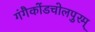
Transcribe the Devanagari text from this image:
गंगैकोंडचोलपुरम्